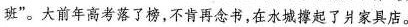
班”。大前年高考落了榜，不肯再念书，在水城起了爿家具店。